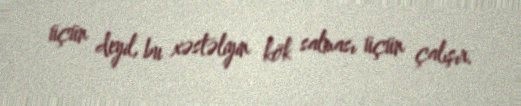
üçün deyil, bu xəstəliyin kök salması üçün çalışır.